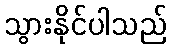
သွားနိုင်ပါသည်